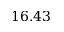
1 6 . 4 3